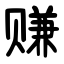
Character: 赚